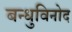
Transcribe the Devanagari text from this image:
बन्धुविनोद